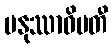
မနုဿာဓိပတီ